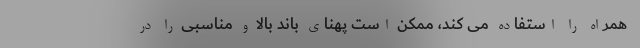
همراه را استفاده می کند، ممکن است پهنای باند بالا و مناسبی را در